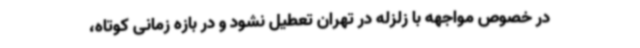
در خصوص مواجهه با زلزله در تهران تعطیل نشود و در بازه زمانی کوتاه،